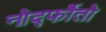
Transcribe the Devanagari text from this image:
नोर्द्फोतो